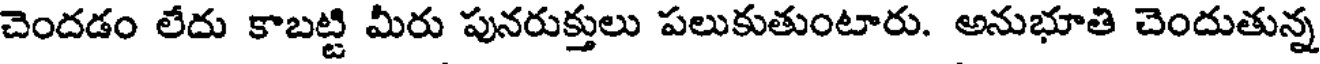
చెందడం లేదు కాబట్టి మీరు పునరుక్తులు పలుకుతుంటారు. అనుభూతి చెందుతున్న